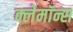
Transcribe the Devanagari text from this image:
क्लेमॉन्स